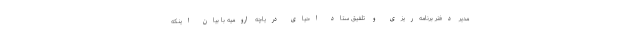
مدیر دفتر برنامه‌ریزی و تلفیق ستاد احیای دریاچه ارومیه با بیان اینکه